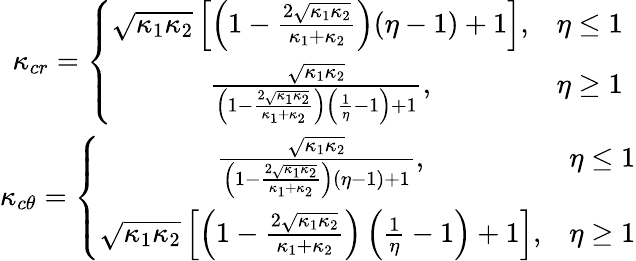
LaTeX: \begin{array}{c}{\kappa_{cr}=\left\lbrace\begin{array}{cc}{\sqrt{\kappa_{1}\kappa_{2}}\left[\left(1-\frac{2\sqrt{\kappa_{1}\kappa_{2}}}{\kappa_{1}+\kappa_{2}}\right)(\eta-1)+1\right],}&{\eta\le 1}\\ {\frac{\sqrt{\kappa_{1}\kappa_{2}}}{\left(1-\frac{2\sqrt{\kappa_{1}\kappa_{2}}}{\kappa_{1}+\kappa_{2}}\right)\left(\frac{1}{\eta}-1\right)+1},}&{\eta\ge 1}\end{array}\right.}\\ {\kappa_{c\theta}=\left\lbrace\begin{array}{cc}{\frac{\sqrt{\kappa_{1}\kappa_{2}}}{\left(1-\frac{2\sqrt{\kappa_{1}\kappa_{2}}}{\kappa_{1}+\kappa_{2}}\right)(\eta-1)+1},}&{\eta\le 1}\\ {\sqrt{\kappa_{1}\kappa_{2}}\left[\left(1-\frac{2\sqrt{\kappa_{1}\kappa_{2}}}{\kappa_{1}+\kappa_{2}}\right)\left(\frac{1}{\eta}-1\right)+1\right],}&{\eta\ge 1}\end{array}\right.}\end{array}